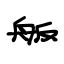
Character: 舨